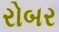
રોબર